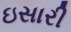
ઇસારી